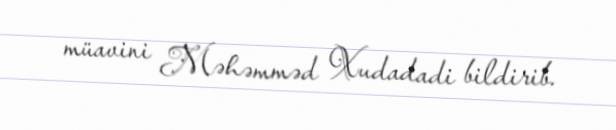
müavini Məhəmməd Xudadadi bildirib.